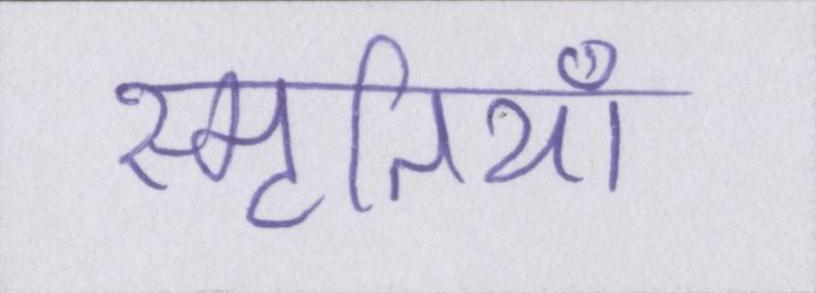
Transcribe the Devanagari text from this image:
स्मृतियाँ